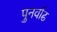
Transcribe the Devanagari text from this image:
पुनर्वाढ